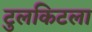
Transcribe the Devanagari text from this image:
टुलकिटला